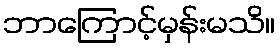
ဘာကြောင့်မှန်းမသိ။